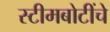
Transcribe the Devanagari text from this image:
स्टीमबोटींचे